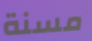
مسنة